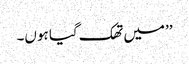
’’میں تھک گیا ہوں۔